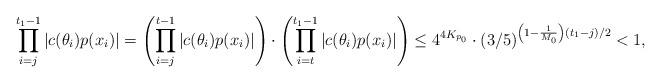
LaTeX: \begin{align*}\prod \limits_{i=j}^{t_1 - 1} |c(\theta_i)p(x_i)| = \left( \prod \limits_{i=j}^{t - 1} |c(\theta_i)p(x_i)| \right)\cdot \left( \prod \limits_{i=t}^{t_1 - 1} |c(\theta_i)p(x_i)| \right) \leq 4^{4K_{p_0}} \cdot (3/5)^{\left(1 - \frac1{M_0} \right)(t_1 - j)/2} < 1,\end{align*}